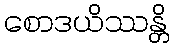
စောဒယိဿန္တိ